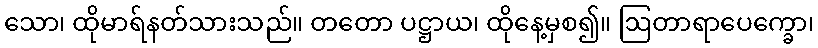
သော၊ ထိုမာရ်နတ်သားသည်။ တတော ပဋ္ဌာယ၊ ထိုနေ့မှစ၍။ ဩတာရာပေက္ခော၊